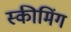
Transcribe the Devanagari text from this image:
स्कीमिंग